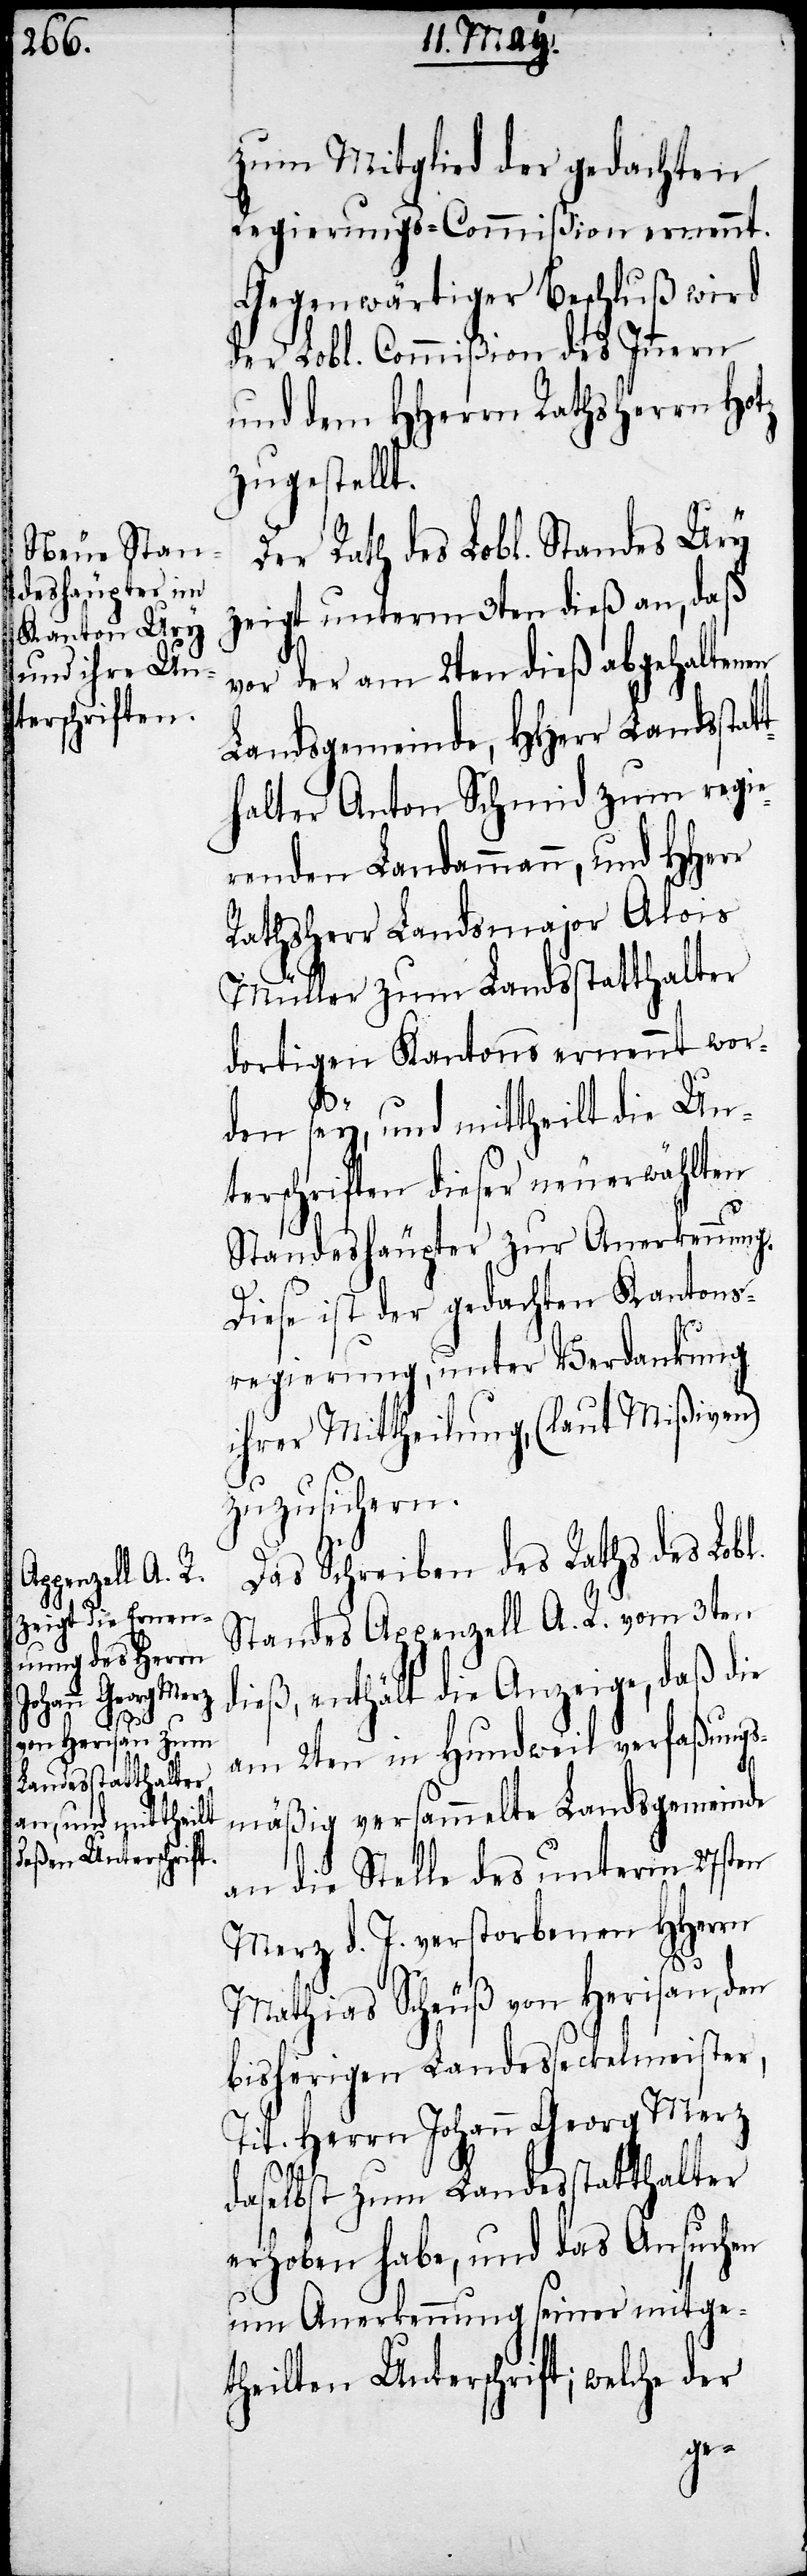
zum Mitglied der gedachten
Regierungs-Commißion ernennt.
Gegenwärtiger Beschluß wird
der Lobl. Commißion des Innern
und dem HHerrn Rathsherrn Hotz
zugestellt.
Der Rath des Lobl. Standes Ury
zeigt unterm 3ten dieß an, daß
vor der am 2ten dieß abgehaltenen
Landsgemeinde, HHerr Landsstat¬
thalter Anton Schmid zum regie¬
renden Landammann, und HHerr
Rathsherr Landsmajor Alois
Müller zum Landsstatthalter
dortigen Kantons ernennt wor¬
den sey, und mittheilt die Un¬
terschriften dieser neuerwählten
Standeshäupter zur Anerkennung.
Diese ist der gedachten Kantons¬
regierung, unter Verdankung
ihrer Mittheilung, (laut Mißiven)
zuzusichern.
Das Schreiben des Raths des Lobl.
Standes Appenzell A. R. vom 3ten
dieß, enthält die Anzeige, daß die
am 2ten in Hundweil verfaßungs¬
mäßig versammelte Landsgemeinde
an die Stelle des unterm 27sten
Merz d. J. verstorbenen HHerrn
Mathias Scheuß von Herisau, den
bisherigen Landesseckelmeister,
Tit. Herrn Johann Georg Merz
daselbst zum Landesstatthalter
erhoben habe, und das Ansuchen
um Anerkennung seiner mitge¬
theilten Unterschrift; welche der